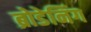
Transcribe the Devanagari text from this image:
ब्रोडेनिंग